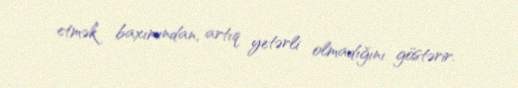
etmək baxımından, artıq yetərli olmadığını göstərir.